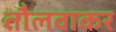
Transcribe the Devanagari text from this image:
तौलवाकर